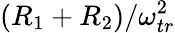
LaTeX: (R_{1}+R_{2})/\omega_{tr}^{2}